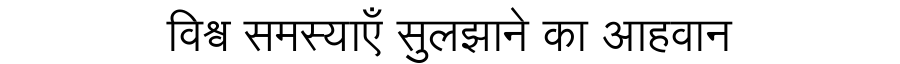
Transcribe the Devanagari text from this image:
विश्व समस्याएँ सुलझाने का आहवान